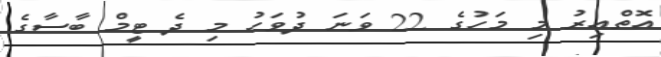
އޮތްއިރު މި މަހުގެ 22 ވަނަ ދުވަހު މި ދެ ޓީމް ބާސާގެ